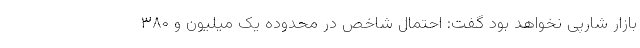
بازار شارپی نخواهد بود گفت: احتمال شاخص در محدوده یک میلیون و ۳۸۰